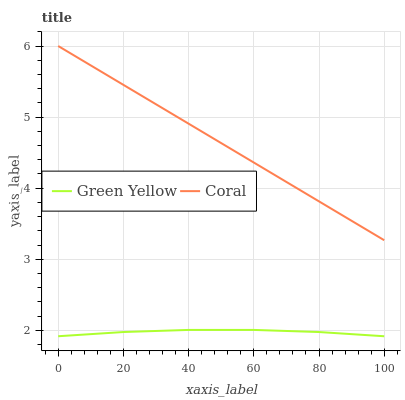
| xaxis_label | Green Yellow | Coral |
 | --- | --- | --- |
 | 0 | 1.92 | 6 |
 | 20 | 1.98 | 5.45 |
 | 40 | 2.01 | 4.91 |
 | 60 | 2.01 | 4.36 |
 | 80 | 1.98 | 3.81 |
 | 100 | 1.92 | 3.27 |